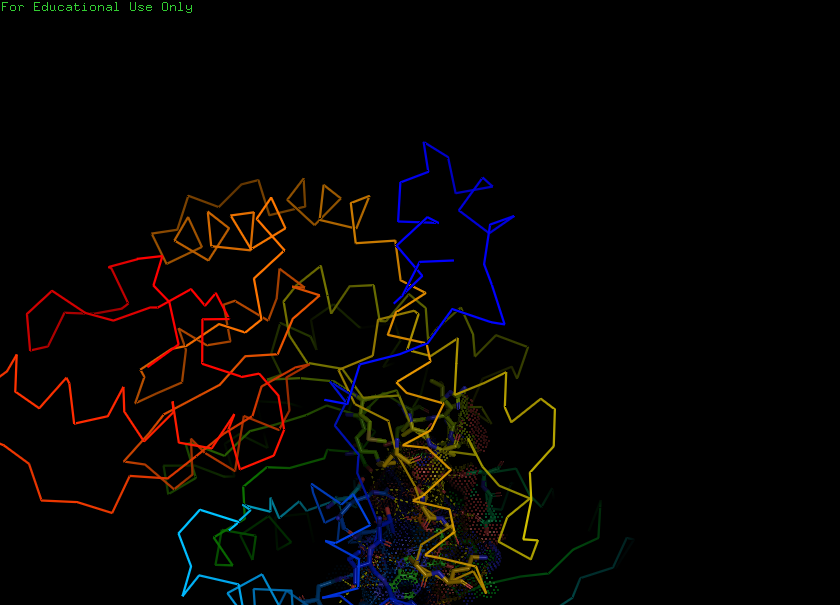
pymol, preset, ligand_sites_dots